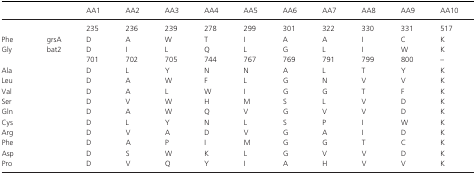
| <COLSPAN=2>  | AA1 | AA2 | AA3 | AA4 | AA5 | AA6 | AA7 | AA8 | AA9 | AA10 |
 | --- | --- | --- | --- | --- | --- | --- | --- | --- | --- | --- | --- |
 | <COLSPAN=2>  | 235 | 236 | 239 | 278 | 299 | 301 | 322 | 330 | 331 | 517 |
 | Phe | grsA | D | A | W | T | I | A | A | I | C | K |
 | Gly | bat2 | D | I | L | Q | L | G | L | I | W | K |
 |  |  | 701 | 702 | 705 | 744 | 767 | 769 | 791 | 799 | 800 | – |
 | Ala |  | D | L | Y | N | N | A | L | T | Y | K |
 | Leu |  | D | A | W | F | L | G | N | V | V | K |
 | Val |  | D | A | L | W | I | G | G | T | F | K |
 | Ser |  | D | V | W | H | M | S | L | V | D | K |
 | Gln |  | D | A | W | Q | V | G | V | V | D | K |
 | Cys |  | D | L | Y | N | L | S | P | I | W | K |
 | Arg |  | D | V | A | D | V | G | A | I | D | K |
 | Phe |  | D | A | P | I | M | G | G | T | C | K |
 | Asp |  | D | S | W | K | L | G | V | V | D | K |
 | Pro |  | D | V | Q | Y | I | A | H | V | V | K |